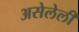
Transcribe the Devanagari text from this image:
असेलेली